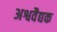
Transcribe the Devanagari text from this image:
अश्ववैद्यक